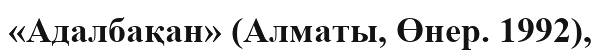
«Адалбақан» (Алматы, Өнер. 1992),